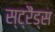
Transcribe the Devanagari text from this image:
स्ट्रैंड्स